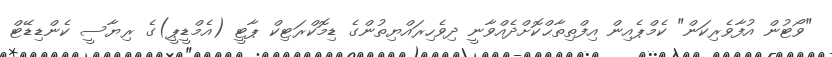
"ވޯޓުން އުފާވެރިކަން" ކެމްޕެއިން އިފްތިތާޙްކޮށްދެއްވާނީ ދިވެހިރައްޔިތުންގެ ޑިމޮކްރަޓިކް ޕާޓީ (އެމްޑީޕީ)ގެ ރިޔާސީ ކެންޑިޑޭޓް